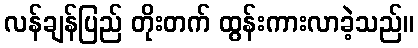
လန်ချန်ပြည် တိုးတက် ထွန်းကားလာခဲ့သည်။